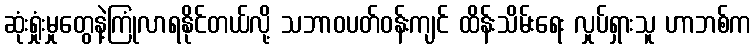
ဆုံးရှုံးမှုတွေနဲ့ကြုံလာရနိုင်တယ်လို့ သဘာဝပတ်ဝန်းကျင် ထိန်းသိမ်းရေး လှုပ်ရှားသူ ဟာဘစ်က